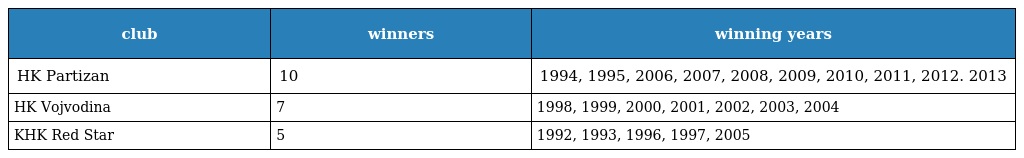
| club | winners | winning years |
 | --- | --- | --- |
 | HK Partizan | 10 | 1994, 1995, 2006, 2007, 2008, 2009, 2010, 2011, 2012. 2013 |
 | HK Vojvodina | 7 | 1998, 1999, 2000, 2001, 2002, 2003, 2004 |
 | KHK Red Star | 5 | 1992, 1993, 1996, 1997, 2005 |